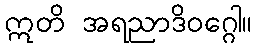
ဣတိ အရညာဒိဝဂ္ဂေါ။